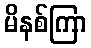
မိနစ်ကြာ